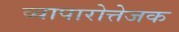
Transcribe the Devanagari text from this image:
व्यापारोत्तेजक